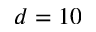
d = 1 0